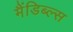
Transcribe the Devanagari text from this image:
मैंडिब्ल्स